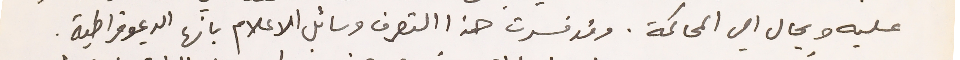
عليه ويحال الي المحاكمة. وقد فسرت هذا التصرف وسائل الاعلام بانها الديموقراطية.